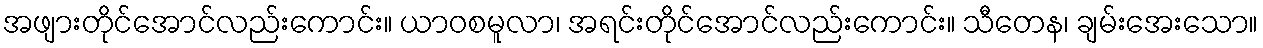
အဖျားတိုင်အောင်လည်းကောင်း။ ယာဝစမူလာ၊ အရင်းတိုင်အောင်လည်းကောင်း။ သီတေန၊ ချမ်းအေးသော။